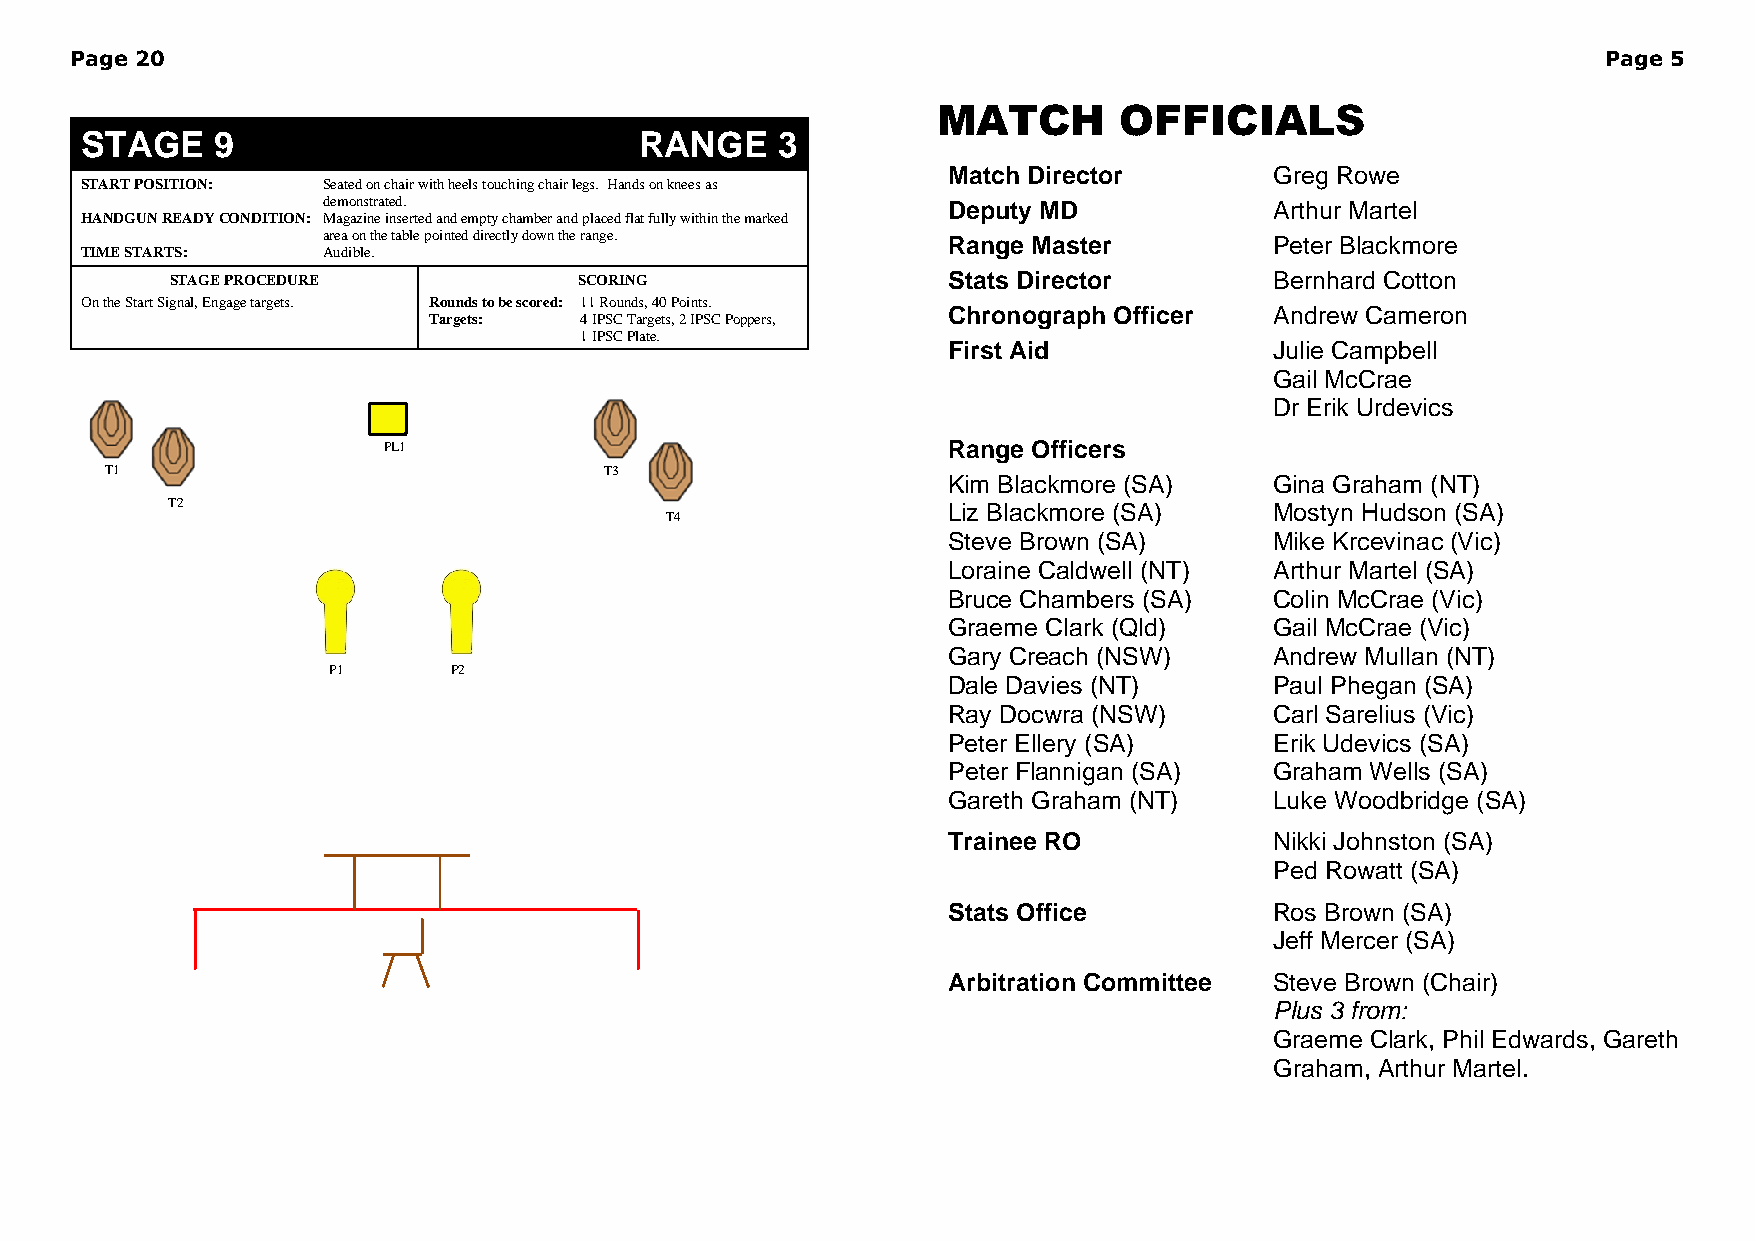
Page 20                                                                                              Page 5
 MATCH       OFFICIALS
 STAGE    9                           RANGE    3
 Match Director       Greg Rowe
 START POSITION: Seated on chair with heels touching chair legs. Hands on knees as
 demonstrated.                             Deputy MD            Arthur Martel
 HANDGUN READY CONDITION: Magazine inserted and empty chamber and placed flat fully within the marked
 area on the table pointed directly down the range. Range Master Peter Blackmore
 TIME STARTS:    Audible.
 STAGE PROCEDURE            SCORING                  Stats Director       Bernhard Cotton
 On the Start Signal, Engage targets. Rounds to be scored: 11 Rounds, 40 Points.
 Chronograph Officer  Andrew Cameron
 Targets:  4 IPSC Targets, 2 IPSC Poppers,
 1 IPSC Plate.
 First Aid            Julie Campbell
 Gail McCrae
 Dr Erik Urdevics
 PL1                                   Range Officers
 T1                               T3
 Kim Blackmore (SA)   Gina Graham (NT)
 T2
 T4
 Liz Blackmore (SA)   Mostyn Hudson (SA)
 Steve Brown (SA)     Mike Krcevinac (Vic)
 Loraine Caldwell (NT) Arthur Martel (SA)
 Bruce Chambers (SA)  Colin McCrae (Vic)
 Graeme Clark (Qld)   Gail McCrae (Vic)
 Gary Creach (NSW)    Andrew Mullan (NT)
 P1      P2
 Dale Davies (NT)     Paul Phegan (SA)
 Ray Docwra (NSW)     Carl Sarelius (Vic)
 Peter Ellery (SA)    Erik Udevics (SA)
 Peter Flannigan (SA) Graham Wells (SA)
 Gareth Graham (NT)   Luke Woodbridge (SA)
 Trainee RO           Nikki Johnston (SA)
 Ped Rowatt (SA)
 Stats Office         Ros Brown (SA)
 Jeff Mercer (SA)
 Arbitration Committee Steve Brown (Chair)
 Plus 3 from:
 Graeme Clark, Phil Edwards, Gareth
 Graham, Arthur Martel.